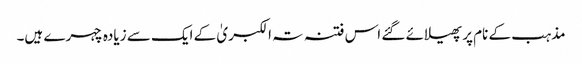
مذہب کے نام پر پھیلائے گئے اس فتنہ تہ الکبریٰ کے ایک سے زیادہ چہرے ہیں۔